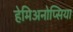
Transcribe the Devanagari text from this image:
हेमिअनोप्सिया